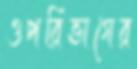
ওপরিভাগের